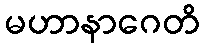
မဟာနာဂေတိ